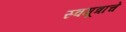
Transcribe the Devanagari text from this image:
स्वमूत्राचे